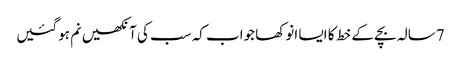
7سالہ بچے کے خط کا ایسا انوکھا جواب کہ سب کی آنکھیں نم ہوگئیں